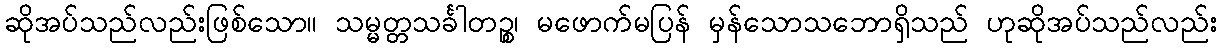
ဆိုအပ်သည်လည်းဖြစ်သော။ သမ္မတ္တသင်္ခါတဉ္စ၊ မဖောက်မပြန် မှန်သောသဘောရှိသည် ဟုဆိုအပ်သည်လည်း